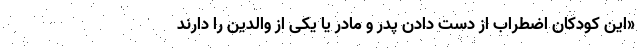
«این کودکان اضطراب از دست دادن پدر و مادر یا یکی از والدین را دارند